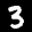
Label: 3